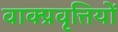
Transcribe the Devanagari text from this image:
वाक्प्रवृत्तियों